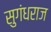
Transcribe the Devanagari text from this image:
सुगंधराज